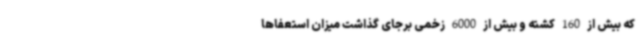
که بیش از 160 کشته و بیش از 6000 زخمی برجای گذاشت میزان استعفاها